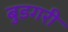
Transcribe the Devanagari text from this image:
बुडगरी